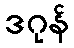
ဒဂုန်